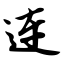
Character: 连